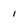
Character: 1